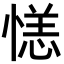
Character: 𪬝